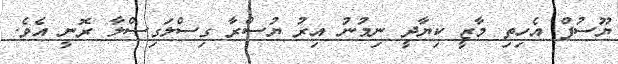
ޔޫސުފް އެހިތި މާޒީ ކިޔާދީ ނިމުނު އިރު ޔުސްރާ ގިސްލަގިސްލާ ރޮނީ އެވެ.